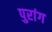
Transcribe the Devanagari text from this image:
पुरांग